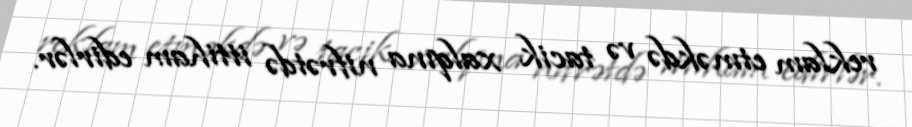
reklam etməkdə və tacik xalqına nifrətdə ittiham edirlər.